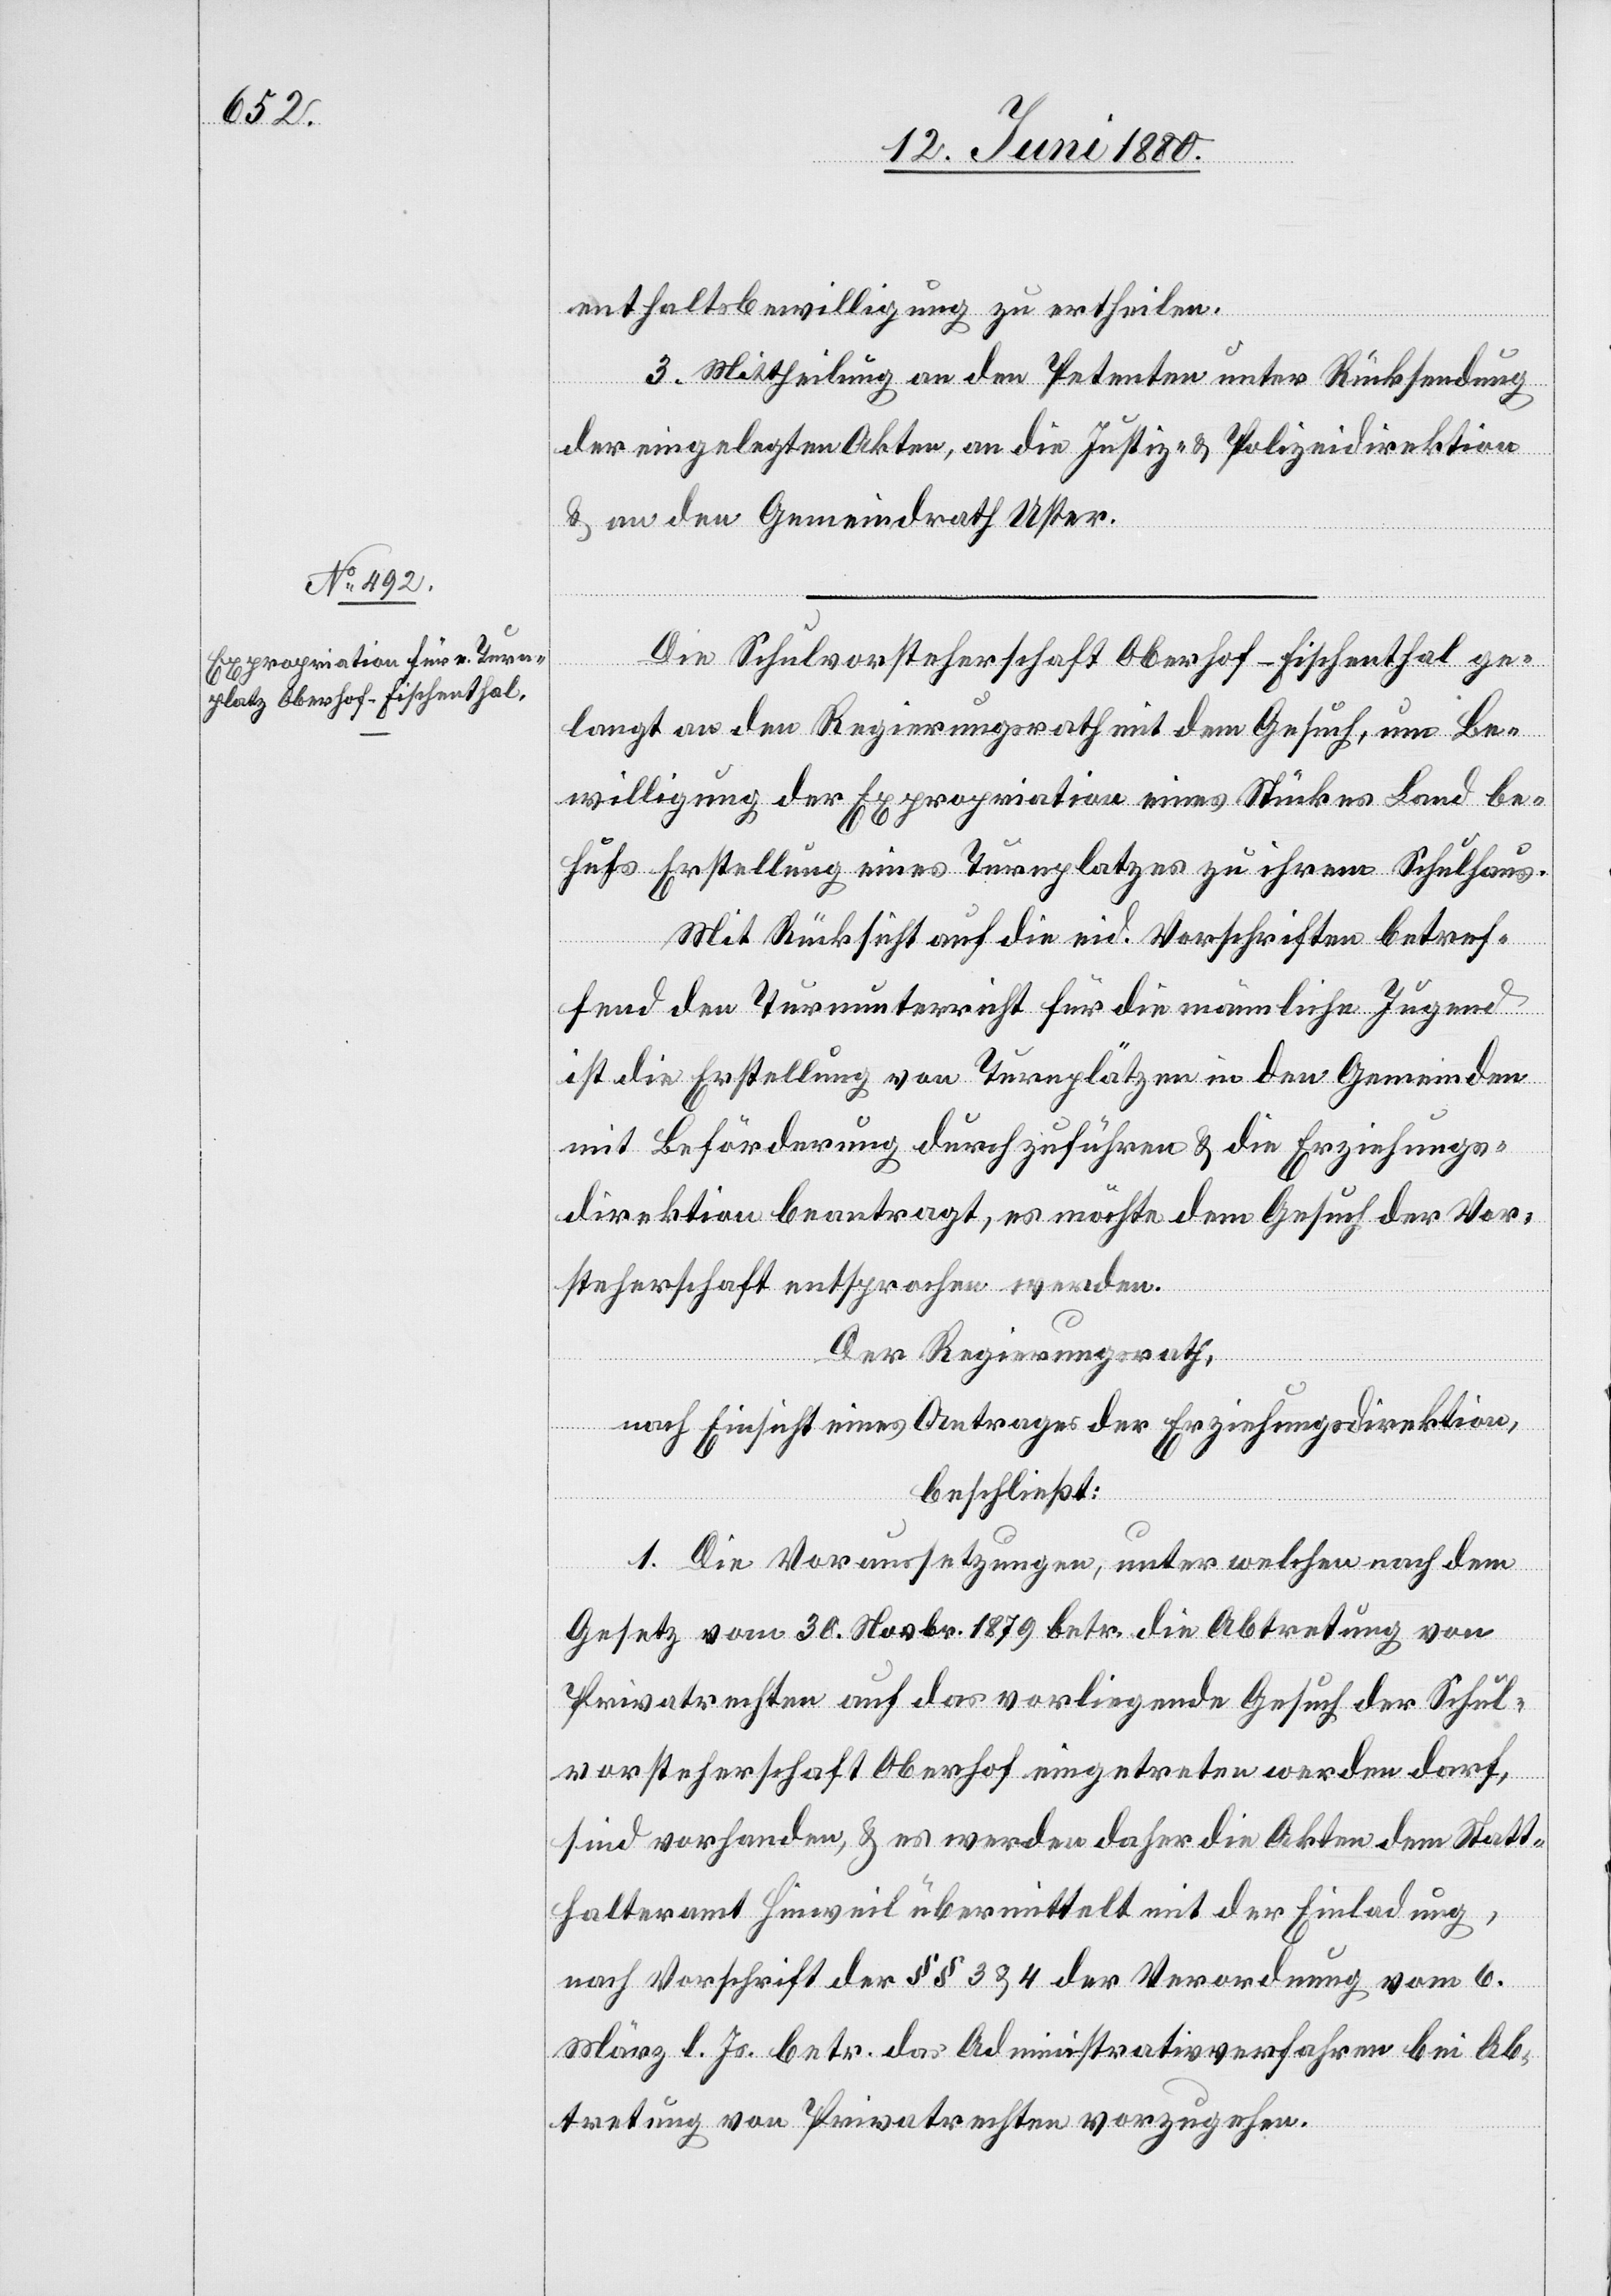
enhtaltsbewilligung zu ertheilen.
3. Mittheilung an den Petenten unter Rücksendung
der eingelegten Akten, an die jPD & an den Gemeindrath
Die Schulvorsteherschaft Oberhof - Fischenthal ge¬
langt an den Regierungsrath mit dem Gesuch, um Be¬
willigung der Expropriation eines Stückes Land be¬
hufs Erstellung eines Turnplatzes zu ihrem Schulhaus.
Mit Rücksicht auf die eid. Vorschriften betref¬
fend den Turnunterricht für die männliche Jugend
ist die Erstellung von Turnplätzen in den Gemeinden
mit Beförderung durchzuführen & die Erziehungs¬
direktion beantragt, es möchte dem Gesuch der Vor¬
steherschaft entsprochen werden.
Der Regierungsrath,
nach Einsicht eines Antrages der Erziehungsdirektion,
beschließt:
1. Die Voraussetzungen, unter welchen nach dem
Gesetz vom 30. Novbr. 1879 betr. die Abtretung von
Privatrechten auf das vorliegende Gesuch der Schul¬
vorsteherschaft Oberhof eingetreten werden darf,
sind vorhanden, & es werden daher die Akten dem Statt¬
halteramt Hinweil übermittelt mit der Einladung,
nach Vorschrift der §§ 3 & 4 der Verordnung vom 6.
März l. Js. betr. das Administrativverfahren bei Ab¬
tretung von Privatrechten vorzugehen.